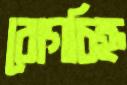
রোগচিহ্ন